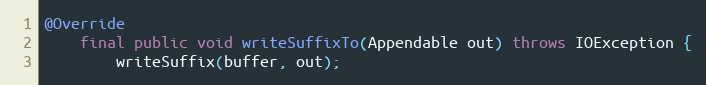
Language: Java
@Override
	final public void writeSuffixTo(Appendable out) throws IOException {
		writeSuffix(buffer, out);